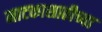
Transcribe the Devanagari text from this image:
नाटकासाठीच्या